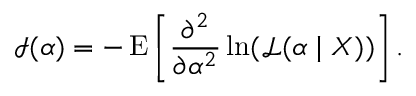
{ \mathcal { I } } ( \alpha ) = - \operatorname { E } \left[ { \frac { \partial ^ { 2 } } { \partial \alpha ^ { 2 } } } \ln ( { \mathcal { L } } ( \alpha \mid X ) ) \right] .